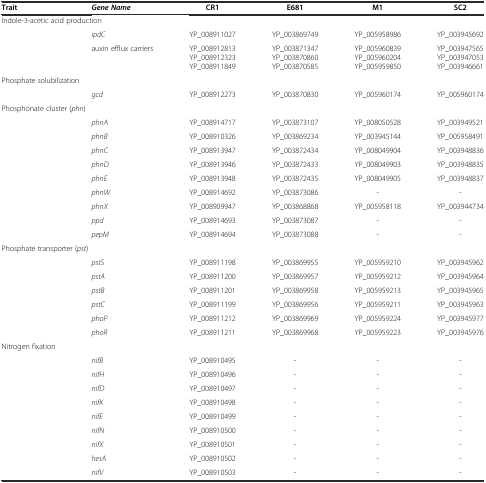
<table><thead><tr><td><b>Trait</b></td><td><b><i>Gene Name</i></b></td><td><b>CR1</b></td><td><b>E681</b></td><td><b>M1</b></td><td><b>SC2</b></td></tr></thead><tbody><tr><td colspan="2">Indole-3-acetic acid production</td><td></td><td></td><td></td><td></td></tr><tr><td></td><td><i>ipdC</i></td><td>YP_008911027</td><td>YP_003869749</td><td>YP_005958986</td><td>YP_003945692</td></tr><tr><td></td><td>auxin efflux carriers</td><td>YP_008912813 YP_008912323 YP_008911849</td><td>YP_003871347 YP_003870860 YP_003870585</td><td>YP_005960839 YP_005960204 YP_005959850</td><td>YP_003947565 YP_003947053 YP_003946661</td></tr><tr><td colspan="2">Phosphate solubilization</td><td></td><td></td><td></td><td></td></tr><tr><td></td><td><i>gcd</i></td><td>YP_008912273</td><td>YP_003870830</td><td>YP_005960174</td><td>YP_005960174</td></tr><tr><td colspan="2">Phosphonate cluster (<i>phn</i>)</td><td></td><td></td><td></td><td></td></tr><tr><td></td><td><i>phnA</i></td><td>YP_008914717</td><td>YP_003873107</td><td>YP_008050528</td><td>YP_003949521</td></tr><tr><td></td><td><i>phnB</i></td><td>YP_008910326</td><td>YP_003869234</td><td>YP_003945144</td><td>YP_005958491</td></tr><tr><td></td><td><i>phnC</i></td><td>YP_008913947</td><td>YP_003872434</td><td>YP_008049904</td><td>YP_003948836</td></tr><tr><td></td><td><i>phnD</i></td><td>YP_008913946</td><td>YP_003872433</td><td>YP_008049903</td><td>YP_003948835</td></tr><tr><td></td><td><i>phnE</i></td><td>YP_008913948</td><td>YP_003872435</td><td>YP_008049905</td><td>YP_003948837</td></tr><tr><td></td><td><i>phnW</i></td><td>YP_008914692</td><td>YP_003873086</td><td>-</td><td>-</td></tr><tr><td></td><td><i>phnX</i></td><td>YP_008909947</td><td>YP_003868868</td><td>YP_005958118</td><td>YP_003944734</td></tr><tr><td></td><td><i>ppd</i></td><td>YP_008914693</td><td>YP_003873087</td><td>-</td><td>-</td></tr><tr><td></td><td><i>pepM</i></td><td>YP_008914694</td><td>YP_003873088</td><td>-</td><td>-</td></tr><tr><td colspan="2">Phosphate transporter (<i>pst</i>)</td><td></td><td></td><td></td><td></td></tr><tr><td></td><td><i>pstS</i></td><td>YP_008911198</td><td>YP_003869955</td><td>YP_005959210</td><td>YP_003945962</td></tr><tr><td></td><td><i>pstA</i></td><td>YP_008911200</td><td>YP_003869957</td><td>YP_005959212</td><td>YP_003945964</td></tr><tr><td></td><td><i>pstB</i></td><td>YP_008911201</td><td>YP_003869958</td><td>YP_005959213</td><td>YP_003945965</td></tr><tr><td></td><td><i>pstC</i></td><td>YP_008911199</td><td>YP_003869956</td><td>YP_005959211</td><td>YP_003945963</td></tr><tr><td></td><td><i>phoP</i></td><td>YP_008911212</td><td>YP_003869969</td><td>YP_005959224</td><td>YP_003945977</td></tr><tr><td></td><td><i>phoR</i></td><td>YP_008911211</td><td>YP_003869968</td><td>YP_005959223</td><td>YP_003945976</td></tr><tr><td>Nitrogen fixation</td><td></td><td></td><td></td><td></td><td></td></tr><tr><td></td><td><i>nifB</i></td><td>YP_008910495</td><td>-</td><td>-</td><td>-</td></tr><tr><td></td><td><i>nifH</i></td><td>YP_008910496</td><td>-</td><td>-</td><td>-</td></tr><tr><td></td><td><i>nifD</i></td><td>YP_008910497</td><td>-</td><td>-</td><td>-</td></tr><tr><td></td><td><i>nifK</i></td><td>YP_008910498</td><td>-</td><td>-</td><td>-</td></tr><tr><td></td><td><i>nifE</i></td><td>YP_008910499</td><td>-</td><td>-</td><td>-</td></tr><tr><td></td><td><i>nifN</i></td><td>YP_008910500</td><td>-</td><td>-</td><td>-</td></tr><tr><td></td><td><i>nifX</i></td><td>YP_008910501</td><td>-</td><td>-</td><td>-</td></tr><tr><td></td><td><i>hesA</i></td><td>YP_008910502</td><td>-</td><td>-</td><td>-</td></tr><tr><td></td><td><i>nifV</i></td><td>YP_008910503</td><td>-</td><td>-</td><td>-</td></tr></tbody></table>